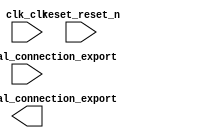

module nios (
	btn_external_connection_export,
	clk_clk,
	led_external_connection_export,
	reset_reset_n);	

	input		btn_external_connection_export;
	input		clk_clk;
	output	[7:0]	led_external_connection_export;
	input		reset_reset_n;
endmodule